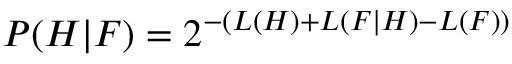
P ( H | F ) = 2 ^ { - ( L ( H ) + L ( F | H ) - L ( F ) ) }